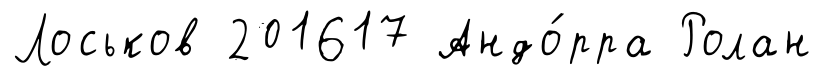
Лоськов 201617 Андо́рра Ролан